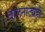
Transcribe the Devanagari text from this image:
बालनाट्येही